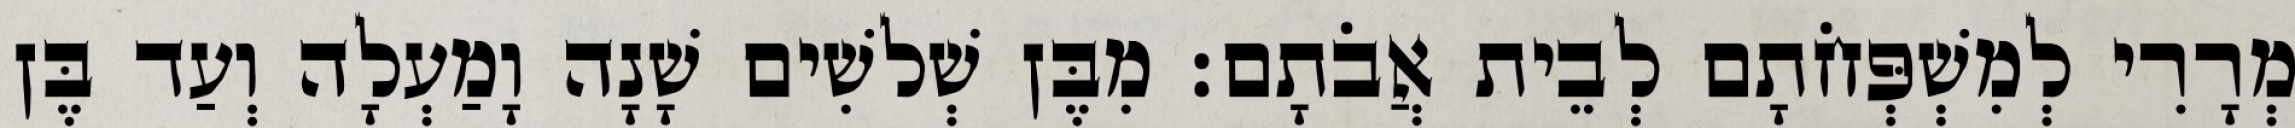
מְרָרִי לְמִשְׁפְּחֹתָם לְבֵית אֲבֹתָם׃ מִבֶּן שְׁלשִׁים שָׁנָה וָמַעְלָה וְעַד בֶּן